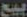
بيع